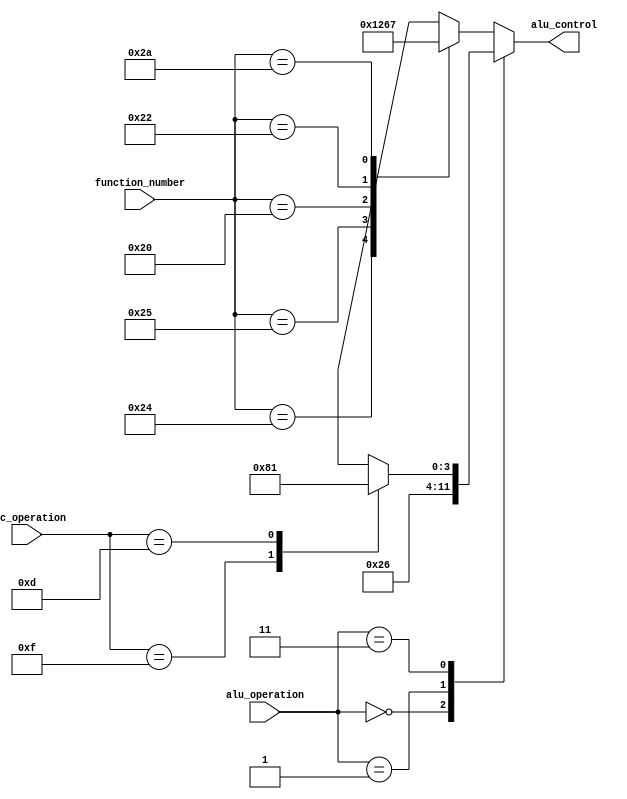
`timescale 1ns / 1ps
//////////////////////////////////////////////////////////////////////////////////
// Company: 
// Engineer: 
// 
// Design Name: 
// Module Name:    alu_dec 
// Project Name: 
// Target Devices: 
// Tool versions: 
// Description: 
//
// Dependencies: 
//
// Revision: 
// Revision 0.01 - File Created
// Additional Comments: 
//
//////////////////////////////////////////////////////////////////////////////////
module alu_dec(input wire [5:0] function_number,
					input wire [1:0] alu_operation,
					input wire [5:0] dec_operation,
					output reg [3:0] alu_control  );
always@(*) begin
	case(alu_operation)
	2'b00: alu_control <= 4'b0010; // add (for lw/sw/addi)
	2'b01: alu_control <= 4'b0110; // sub (for beq)
	2'b11: 
		case (dec_operation) 
			6'b001111: alu_control <= 4'b1000; //	LUI
			6'b001101: alu_control <= 4'b0001; // ORI
			// utilizar la misma operacion de or, pero con insercion inmediata
			default: alu_control <= 4'bxxx;
		endcase	
		default: case(function_number) // R-type instructions
		6'b100100: alu_control <= 4'b0000; // and
		6'b100101: alu_control <= 4'b0001; // or
		6'b100000: alu_control <= 4'b0010; // add
		//no usado
		//and negado
		//or negado	
		6'b100010: alu_control <= 4'b0110; // sub	
		6'b101010: alu_control <= 4'b0111; // slt
		
		default:   alu_control <= 4'bxxx; // ???
		endcase
	endcase
end

endmodule